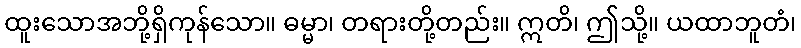
ထူးသောအဘို့ရှိကုန်သော။ ဓမ္မာ၊ တရားတို့တည်း။ ဣတိ၊ ဤသို့။ ယထာဘူတံ၊